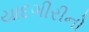
યાદગીરીનો